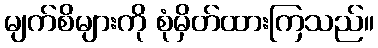
မျက်စိများကို စုံမှိတ်ထားကြသည်။